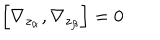
LaTeX: \left[ \nabla _ { z _ { \alpha } } , \nabla _ { z _ { \beta } } \right] = 0